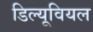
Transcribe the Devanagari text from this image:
डिल्यूवियल